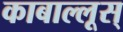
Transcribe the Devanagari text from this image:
काबाल्लूस्